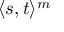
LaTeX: \langle s , t \rangle ^ { m }